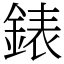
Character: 錶